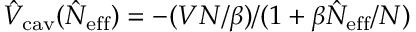
\hat { V } _ { \mathrm { c a v } } ( \hat { N } _ { \mathrm { e f f } } ) = - ( V N / \beta ) / ( 1 + \beta \hat { N } _ { \mathrm { e f f } } / N )